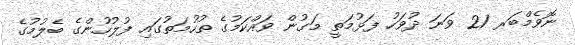
ނޮވެމްބަރ 21 ވަނަ ދުވަހު ފަޅުމަތީ މަގުން ވައްކަމުގެ ތުހުމަތުގައި ފުލުހުންގެ ބެލުމުގެ